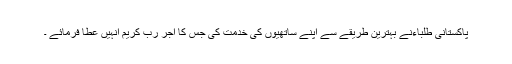
پاکستانی طلباءنے بہترین طریقے سے اپنے ساتھیوں کی خدمت کی جس کا اجر رب کریم انہیں عطا فرمائے ۔